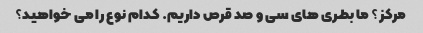
مرکز؟ ما بطری های سی و صد قرص داریم. کدام نوع را می خواهید؟